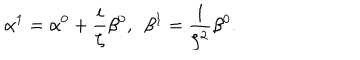
LaTeX: \alpha ^ { 1 } = \alpha ^ { 0 } + \frac { i } { \zeta } \beta ^ { 0 } , \ \ \beta ^ { 1 } = \frac { 1 } { \zeta ^ { 2 } } \beta ^ { 0 } .